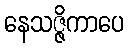
နေသဇ္ဇိကာပေ